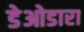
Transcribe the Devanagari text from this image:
डेओडारा